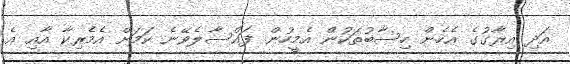
އަދި އިރާގުގެ އެހެން ހިސާބުތަކުން އެމީހުން ފައްސާލެވޭނެ ކަމަށް އެމެރިކާ އާއި އެ